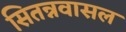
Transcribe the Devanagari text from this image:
सितन्नवासल